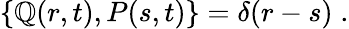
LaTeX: \left\{ \mathbb{Q}(r,t),P(s,t)\right\} =\delta(r-s)\; .